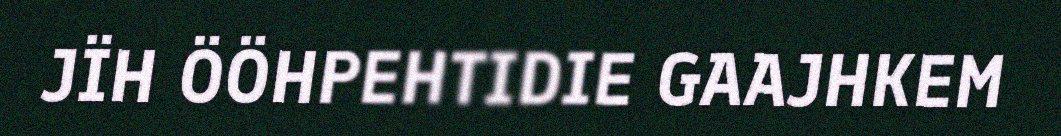
JÏH ÖÖHPEHTIDIE GAAJHKEM